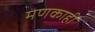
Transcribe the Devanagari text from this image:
मणकाही